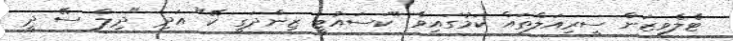
ޓެލެވިޒަން ސީރިއަލްތައް ކަމުގައިވާ ''ކަސައުޓީ ޒިންދަގީ ކޭ" އަދި "ދިލް ސޭ ދީ